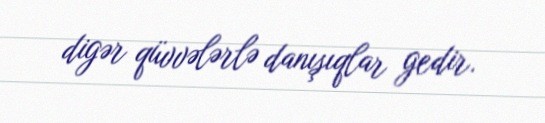
digər qüvvələrlə danışıqlar gedir.